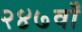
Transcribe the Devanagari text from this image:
२४७वाँ